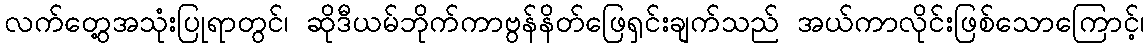
လက်တွေ့အသုံးပြုရာတွင်၊ ဆိုဒီယမ်ဘိုက်ကာဗွန်နိတ်ဖြေရှင်းချက်သည် အယ်ကာလိုင်းဖြစ်သောကြောင့်၊